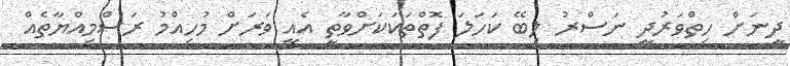
ދީނަށް ހިތްވަރުދީ ނަސްރު ލިބޭ ކަހަލަ ފޮތްތަކަކަށްވާތީ އެއީ ވަރަށް މުހިއްމު ރަސްމިއްޔާތެއް